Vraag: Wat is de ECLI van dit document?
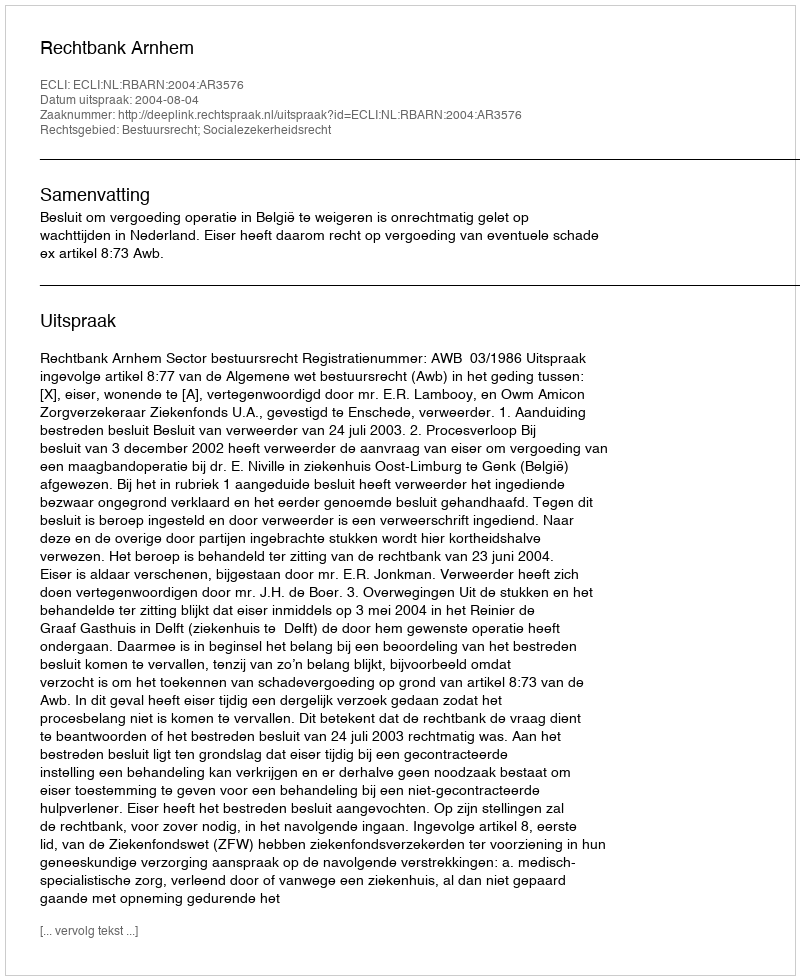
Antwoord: ECLI:NL:RBARN:2004:AR3576